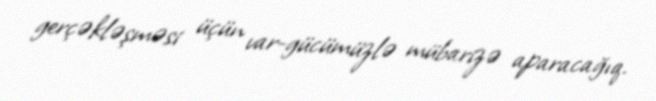
gerçəkləşməsi üçün var-gücümüzlə mübarizə aparacağıq.